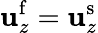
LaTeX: \mathbf{u}_{z}^{\mathrm{{f}}}=\mathbf{u}_{z}^{\mathrm{{s}}}